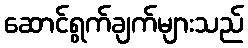
ဆောင်ရွက်ချက်များသည်